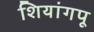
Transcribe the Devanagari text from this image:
शियांगपू